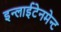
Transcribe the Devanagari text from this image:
इन्लाईटेनमेन्ट